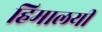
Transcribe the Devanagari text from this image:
हिमालयी